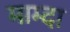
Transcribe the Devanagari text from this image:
माम्दा